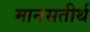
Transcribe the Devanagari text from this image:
मानसतीर्थ